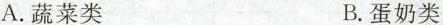
A.蔬菜类 B.蛋奶类